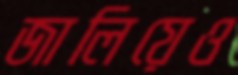
জালিয়েও